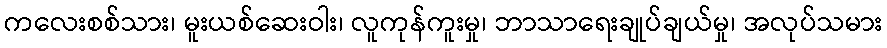
ကလေးစစ်သား၊ မူးယစ်ဆေးဝါး၊ လူကုန်ကူးမှု၊ ဘာသာရေးချုပ်ချယ်မှု၊ အလုပ်သမား